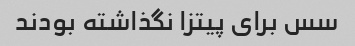
سس برای پیتزا نگذاشته بودند